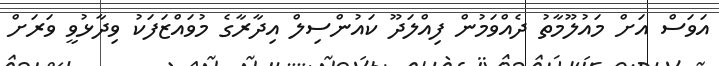
އަވަސް އަށް މައުލޫމާތު ދެއްވަމުން ފިއްލަދޫ ކައުންސިލް އިދާރާގެ މުވައްޒަފަކު ވިދާޅުވީ ވަރަށް